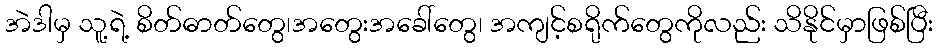
အဲဒါမှ သူ့ရဲ့ စိတ်ဓာတ်တွေ၊အတွေးအခေါ်တွေ၊ အကျင့်စရိုက်တွေကိုလည်း သိနိုင်မှာဖြစ်ပြီး